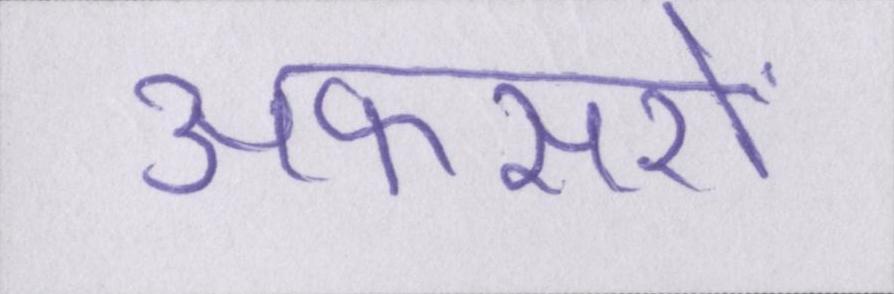
अफसरों